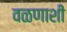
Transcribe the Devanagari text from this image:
वळणाशी